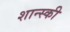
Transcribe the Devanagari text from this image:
शान्स्की